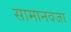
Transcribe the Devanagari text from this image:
सामानवजा